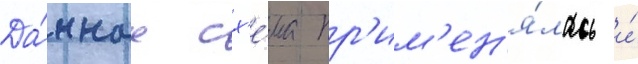
Да́ннаа сх'е́ма пр'им'ен'я́лась и́